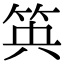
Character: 𥬺